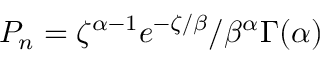
P _ { n } = { \zeta ^ { \alpha - 1 } e ^ { - \zeta / \beta } / \beta ^ { \alpha } \Gamma ( \alpha ) }